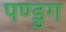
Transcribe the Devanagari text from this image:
पण्डुग